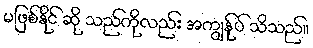
မဖြစ်နိုင် ဆို သည်ကိုလည်း အကျွန်ုပ် သိသည်။